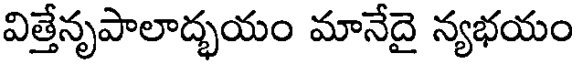
విత్తేనృపాలాద్భయం మానేదై న్యభయం